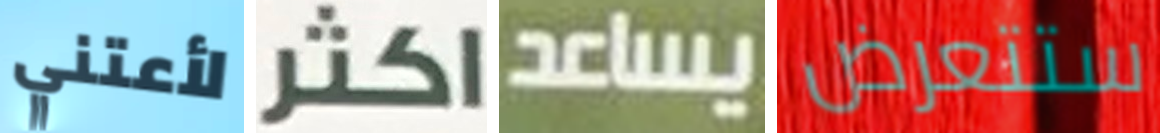
لأعتني اكثر يساعد ستتعرض